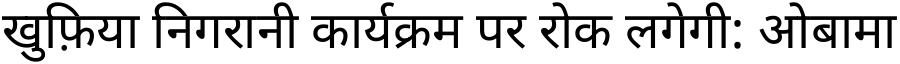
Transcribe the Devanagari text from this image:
खुफ़िया निगरानी कार्यक्रम पर रोक लगेगी: ओबामा